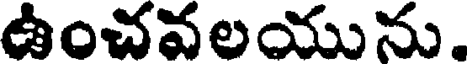
ఉంచవలయును.